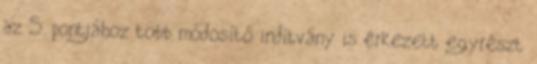
az 5. pontjához több módosító indítvány is érkezett egyrészt